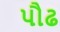
પૌઢ